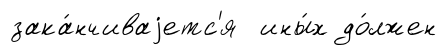
зака́нчиваjетс'я ины́х до́лжен